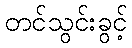
တင်သွင်းခွင့်